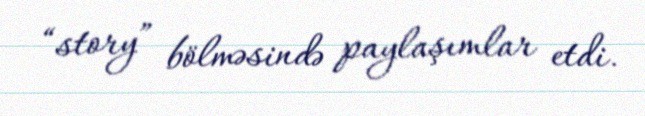
“story” bölməsində paylaşımlar etdi.